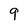
Character: 9